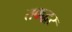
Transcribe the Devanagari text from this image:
तकद्वर